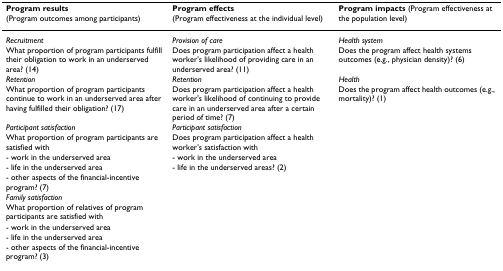
<table><thead><tr><td><b>Program results (Program outcomes among participants)</b></td><td><b>Program effects (Program effectiveness at the individual level)</b></td><td><b>Program impacts (Program effectiveness at the population level) </b></td></tr></thead><tbody><tr><td><i>Recruitment</i></td><td><i>Provision of care</i></td><td><i>Health system</i></td></tr><tr><td>What proportion of program participants fulfill their obligation to work in an underserved area? (14)</td><td>Does program participation affect a health worker&#x27;s likelihood of providing care in an underserved area? (11)</td><td>Does the program affect health systems outcomes (e.g., physician density)? (6)</td></tr><tr><td><i>Retention</i></td><td><i>Retention</i></td><td><i>Health</i></td></tr><tr><td>What proportion of program participants continue to work in an underserved area after having fulfilled their obligation? (17)</td><td>Does program participation affect a health worker&#x27;s likelihood of continuing to provide care in an underserved area after a certain period of time? (7)</td><td>Does the program affect health outcomes (e.g., mortality)? (1)</td></tr><tr><td><i>Participant satisfaction</i></td><td><i>Participant satisfaction</i></td><td></td></tr><tr><td>What proportion of program participants are satisfied with</td><td>Does program participation affect a health worker&#x27;s satisfaction with</td><td></td></tr><tr><td>- work in the underserved area</td><td>- work in the underserved area</td><td></td></tr><tr><td>- life in the underserved area</td><td>- life in the underserved areas? (2)</td><td></td></tr><tr><td>- other aspects of the financial-incentive program? (7)</td><td></td><td></td></tr><tr><td><i>Family satisfaction</i></td><td></td><td></td></tr><tr><td>What proportion of relatives of program participants are satisfied with</td><td></td><td></td></tr><tr><td>- work in the underserved area</td><td></td><td></td></tr><tr><td>- life in the underserved area</td><td></td><td></td></tr><tr><td>- other aspects of the financial-incentive program? (3)</td><td></td><td></td></tr></tbody></table>